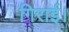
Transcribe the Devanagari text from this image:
गिराई।